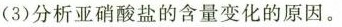
3)分析亚硝酸盐的含量变化的原因。